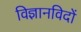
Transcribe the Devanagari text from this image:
विज्ञानविदों